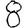
Digit: 8